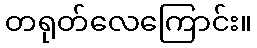
တရုတ်လေကြောင်း။